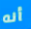
أنه